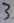
Text: 8